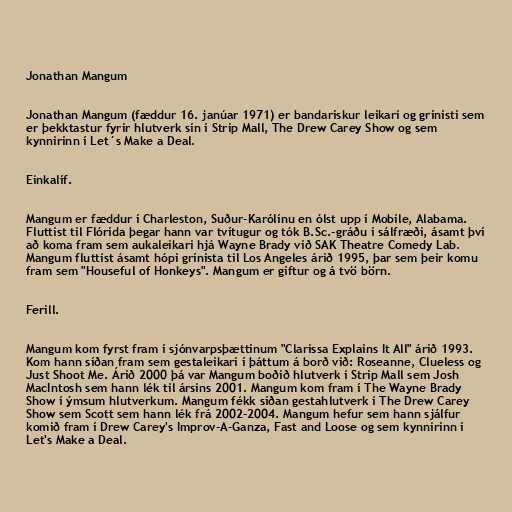
Jonathan Mangum

Jonathan Mangum (fæddur 16. janúar 1971) er bandarískur leikari og grínisti sem
er þekktastur fyrir hlutverk sín í Strip Mall, The Drew Carey Show og sem
kynnirinn í Let´s Make a Deal.

Einkalíf.

Mangum er fæddur í Charleston, Suður-Karólínu en ólst upp í Mobile, Alabama.
Fluttist til Flórída þegar hann var tvítugur og tók B.Sc.-gráðu í sálfræði, ásamt því
að koma fram sem aukaleikari hjá Wayne Brady við SAK Theatre Comedy Lab.
Mangum fluttist ásamt hópi grínista til Los Angeles árið 1995, þar sem þeir komu
fram sem "Houseful of Honkeys". Mangum er giftur og á tvö börn.

Ferill.

Mangum kom fyrst fram í sjónvarpsþættinum "Clarissa Explains It All" árið 1993.
Kom hann síðan fram sem gestaleikari í þáttum á borð við: Roseanne, Clueless og
Just Shoot Me. Árið 2000 þá var Mangum boðið hlutverk í Strip Mall sem Josh
MacIntosh sem hann lék til ársins 2001. Mangum kom fram í The Wayne Brady
Show í ýmsum hlutverkum. Mangum fékk síðan gestahlutverk í The Drew Carey
Show sem Scott sem hann lék frá 2002-2004. Mangum hefur sem hann sjálfur
komið fram í Drew Carey's Improv-A-Ganza, Fast and Loose og sem kynnirinn í
Let's Make a Deal.